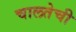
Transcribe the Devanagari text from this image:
चालतेची